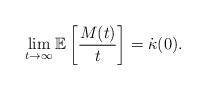
LaTeX: \begin{align*}\lim_{t\rightarrow \infty} \mathbb{E} \left[ \frac{M(t)}{t} \right] = \dot\kappa(0).\end{align*}